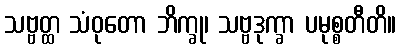
သဗ္ဗတ္ထ သံဝုတော ဘိက္ခု၊ သဗ္ဗဒုက္ခာ ပမုစ္စတီတိ။